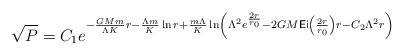
LaTeX: \begin{align*}\sqrt{P}=C_1 e^{-\frac{GM m }{\Lambda K}r-\frac{\Lambda m }{K}\ln r+\frac{m\Lambda}{K}\ln \left(\Lambda ^2 e^{\frac{2 r}{r_0}}-2 GM \textsf{Ei}\left(\frac{2r}{r_0}\right)r-C_2 \Lambda ^2 r\right)}\end{align*}